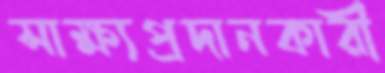
সাক্ষ্যপ্রদানকারী